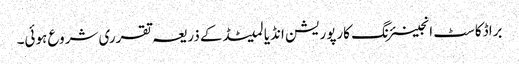
براڈکاسٹ انجینئرنگ کارپوریشن انڈیا لمیٹڈکے ذریعہ تقرری شروع ہوئی۔